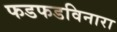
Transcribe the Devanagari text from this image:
फडफडविनारा